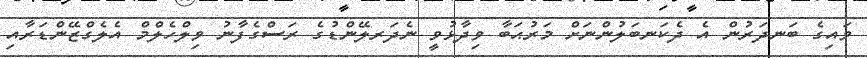
ވައިގެ ބަނދަރުން އެ ދެކަނބަލުންނަށް މަރުޙަބާ ވިދާޅުވީ ނެދަރލޭންޑުގެ ރަސްގެފާނު ވިލްހެލްމް އެލެގްޒޭންޑަރާއި